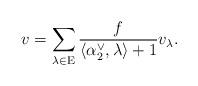
LaTeX: \begin{align*}v = \sum \limits_{\lambda \in \mathrm E} \frac{f}{\langle \alpha_2^\vee, \lambda \rangle + 1}v_\lambda.\end{align*}